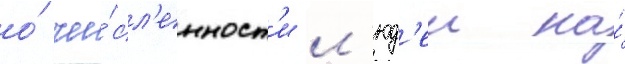
о́ чи́сл'енност'и л'юд'еи на́